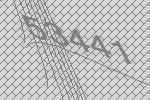
53441